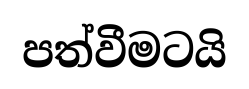
පත්වීමටයි